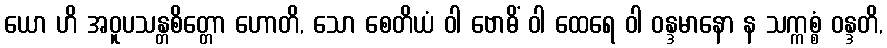
ယော ဟိ အဝူပသန္တစိတ္တော ဟောတိ, သော စေတိယံ ဝါ ဗောဓိံ ဝါ ထေရေ ဝါ ဝန္ဒမာနော န သက္ကစ္စံ ဝန္ဒတိ,